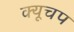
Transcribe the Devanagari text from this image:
क्यूचप